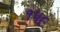
૧૫૯